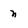
Character: n